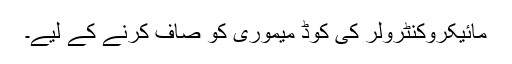
مائیکروکنٹرولر کی کوڈ میموری کو صاف کرنے کے لیے۔